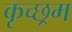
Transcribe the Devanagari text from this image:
कृच्छ्रम